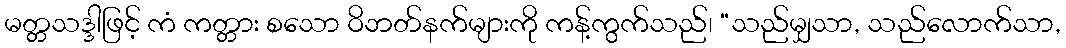
မတ္တသဒ္ဒါဖြင့် ကံ ကတ္တား စသော ဝိဘတ်နက်များကို ကန့်ကွက်သည်၊ “သည်မျှသာ, သည်လောက်သာ,